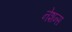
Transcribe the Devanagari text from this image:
नेशन्‍स